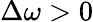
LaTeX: \Delta\omega>0